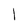
Character: l